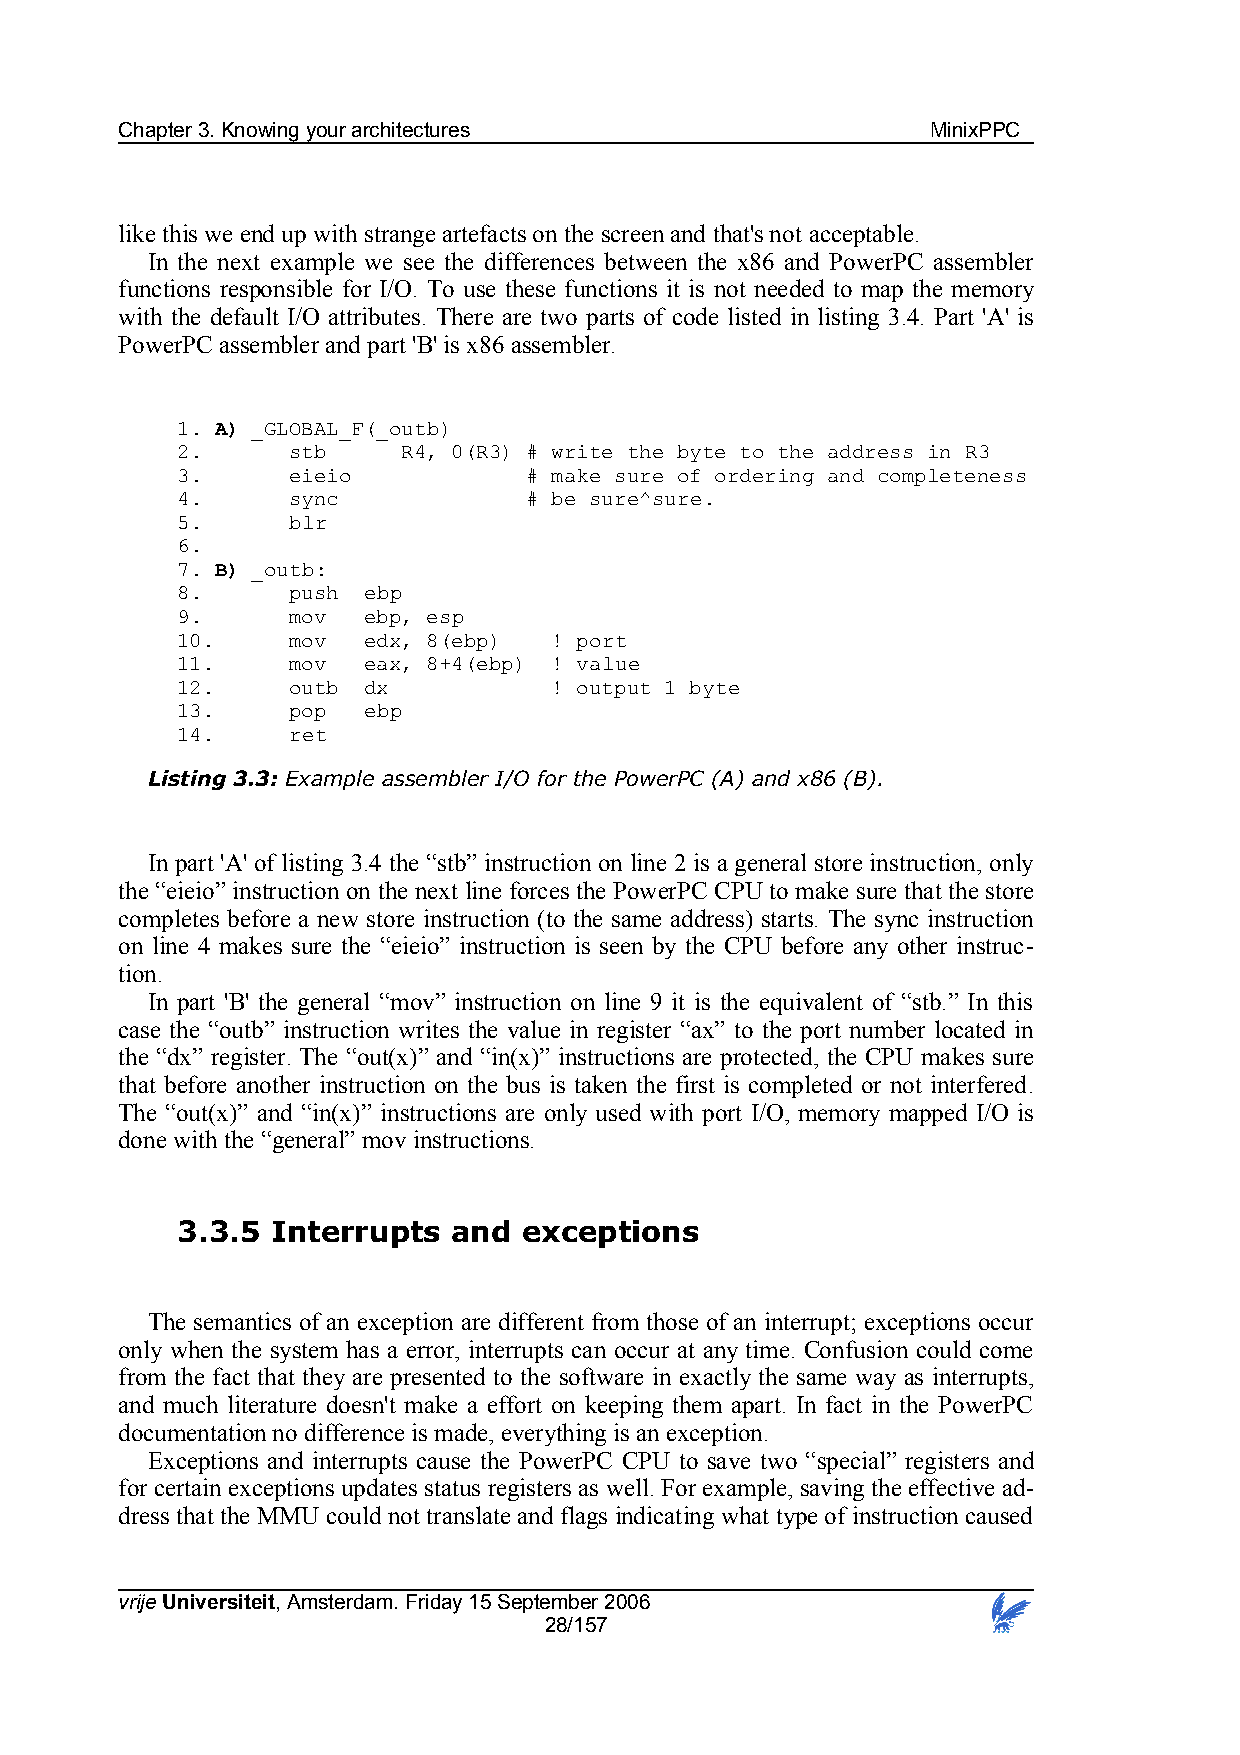
Chapter 3. Knowing your architectures                 MinixPPC
 like this we end up with strange artefacts on the screen and that's not acceptable.
 In the next example we see the differences between the x86 and PowerPC assembler
 functions responsible for I/O. To use these functions it is not needed to map the memory
 with the default I/O attributes. There are two parts of code listed in listing 3.4. Part 'A' is
 PowerPC assembler and part 'B' is x86 assembler.
 1. A) _GLOBAL_F(_outb)
 2.     stb     R4, 0(R3) # write the byte to the address in R3
 3.     eieio           # make sure of ordering and completeness
 4.     sync            # be sure^sure.
 5.     blr
 6.
 7. B) _outb:
 8.     push ebp
 9.     mov  ebp, esp
 10.    mov  edx, 8(ebp)  ! port
 11.    mov  eax, 8+4(ebp) ! value
 12.    outb dx           ! output 1 byte
 13.    pop  ebp
 14.    ret
 Listing 3.3: Example assembler I/O for the PowerPC (A) and x86 (B).
 In part 'A' of listing 3.4 the “stb” instruction on line 2 is a general store instruction, only
 the “eieio” instruction on the next line forces the PowerPC CPU to make sure that the store
 completes before a new store instruction (to the same address) starts. The sync instruction
 on line 4 makes sure the “eieio” instruction is seen by the CPU before any other instruc-
 tion.
 In part 'B' the general “mov” instruction on line 9 it is the equivalent of “stb.” In this
 case the “outb” instruction writes the value in register “ax” to the port number located in
 the “dx” register. The “out(x)” and “in(x)” instructions are protected, the CPU makes sure
 that before another instruction on the bus is taken the first is completed or not interfered.
 The “out(x)” and “in(x)” instructions are only used with port I/O, memory mapped I/O is
 done with the “general” mov instructions.
 3.3.5 Interrupts  and  exceptions
 The semantics of an exception are different from those of an interrupt; exceptions occur
 only when the system has a error, interrupts can occur at any time. Confusion could come
 from the fact that they are presented to the software in exactly the same way as interrupts,
 and much literature doesn't make a effort on keeping them apart. In fact in the PowerPC
 documentation no difference is made, everything is an exception.
 Exceptions and interrupts cause the PowerPC CPU to save two “special” registers and
 for certain exceptions updates status registers as well. For example, saving the effective ad-
 dress that the MMU could not translate and flags indicating what type of instruction caused
 vrije Universiteit, Amsterdam. Friday 15 September 2006
 28/157